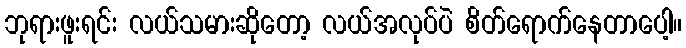
ဘုရားဖူးရင်း လယ်သမားဆိုတော့ လယ်အလုပ်ပဲ စိတ်ရောက်နေတာပေါ့။